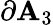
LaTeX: \partial\mathbf{A}_{3}